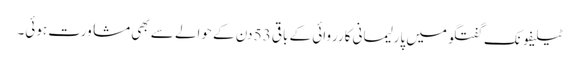
ٹیلیفونک گفتگو میں پارلیمانی کارروائی کے باقی 53 دن کے حوالے سے بھی مشاورت ہوئی۔